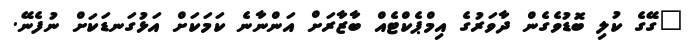
"ގޭގެ ކުލި ބޮޑުވެގެން ދާވަރުގެ އިމްޕެކްޓެއް ބާޒާރަށް އަންނާނެ ކަމަކަށް އަޅުގަނޑަކަށް ނުފެނޭ.